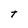
Character: t